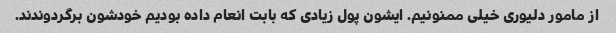
از مامور دلیوری خیلی ممنونیم. ایشون پول زیادی که بابت انعام داده بودیم خودشون برگردوندند.